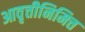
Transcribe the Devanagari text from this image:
आवृत्तीनिमित्त